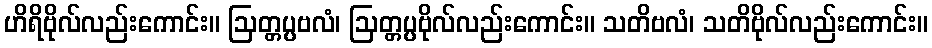
ဟိရိဗိုလ်လည်းကောင်း။ ဩတ္တပ္ပဗလံ၊ ဩတ္တပ္ပဗိုလ်လည်းကောင်း။ သတိဗလံ၊ သတိဗိုလ်လည်းကောင်း။